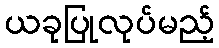
ယခုပြုလုပ်မည့်